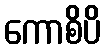
ကောစိပိ